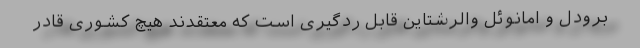
برودل و امانوئل والرشتاین قابل ردگیری است که معتقدند هیچ‌ کشوری قادر